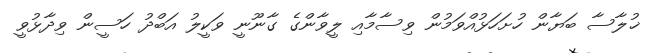
ޚުލާސާ ބަޔާން ހުށަހަޅުއްވަމުން ވިސާމާއި ލީވާންގެ ގާނޫނީ ވަކީލު އަބްދު ހަސީން ވިދާޅުވީ